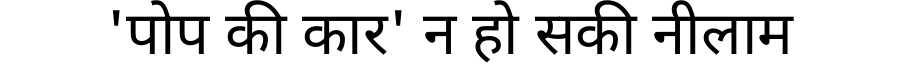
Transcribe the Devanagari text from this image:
'पोप की कार' न हो सकी नीलाम